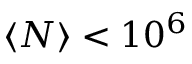
\langle N \rangle < 1 0 ^ { 6 }